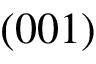
( 0 0 1 )